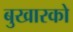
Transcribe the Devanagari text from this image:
बुखारको